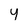
Character: y